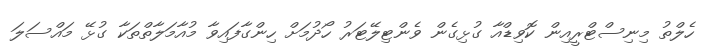
ހެލްތު މިނިސްޓްރީއިން ކޮވިޑްއާ ގުޅިގެން ވެންޓިލޭޓަރު ހޯދުމަށް ހިންގާފައިވާ މުއާމަލާތްތަކާ ގުޅޭ މައްސަލަ